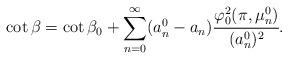
LaTeX: \begin{align*} \cot \beta = \cot \beta_0 + \sum_{n=0}^{\infty} ( a_n^0 - a_n ) \cfrac{ \varphi^2_0(\pi, \mu_n^0)}{(a_n^0)^2}.\end{align*}